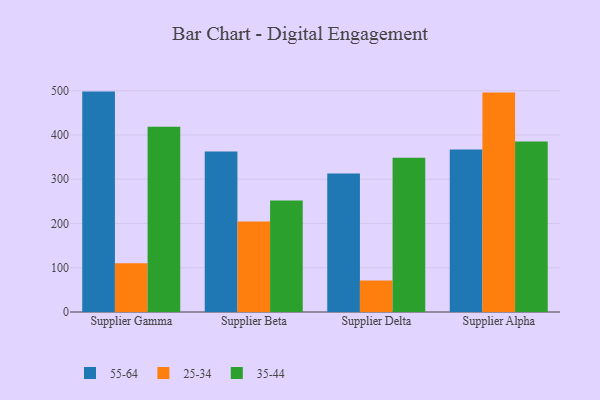
{"axis": {"x": "Supplier", "y": "Temperature (°C)"}, "legend": ["25-34", "35-44", "55-64"], "data": [{"x": "Supplier Gamma", "y": 497.9, "type": "55-64"}, {"x": "Supplier Gamma", "y": 110.2, "type": "25-34"}, {"x": "Supplier Gamma", "y": 418.3, "type": "35-44"}, {"x": "Supplier Beta", "y": 362.7, "type": "55-64"}, {"x": "Supplier Beta", "y": 204.3, "type": "25-34"}, {"x": "Supplier Beta", "y": 252.0, "type": "35-44"}, {"x": "Supplier Delta", "y": 312.7, "type": "55-64"}, {"x": "Supplier Delta", "y": 71.0, "type": "25-34"}, {"x": "Supplier Delta", "y": 348.5, "type": "35-44"}, {"x": "Supplier Alpha", "y": 367.0, "type": "55-64"}, {"x": "Supplier Alpha", "y": 495.6, "type": "25-34"}, {"x": "Supplier Alpha", "y": 385.4, "type": "35-44"}]}